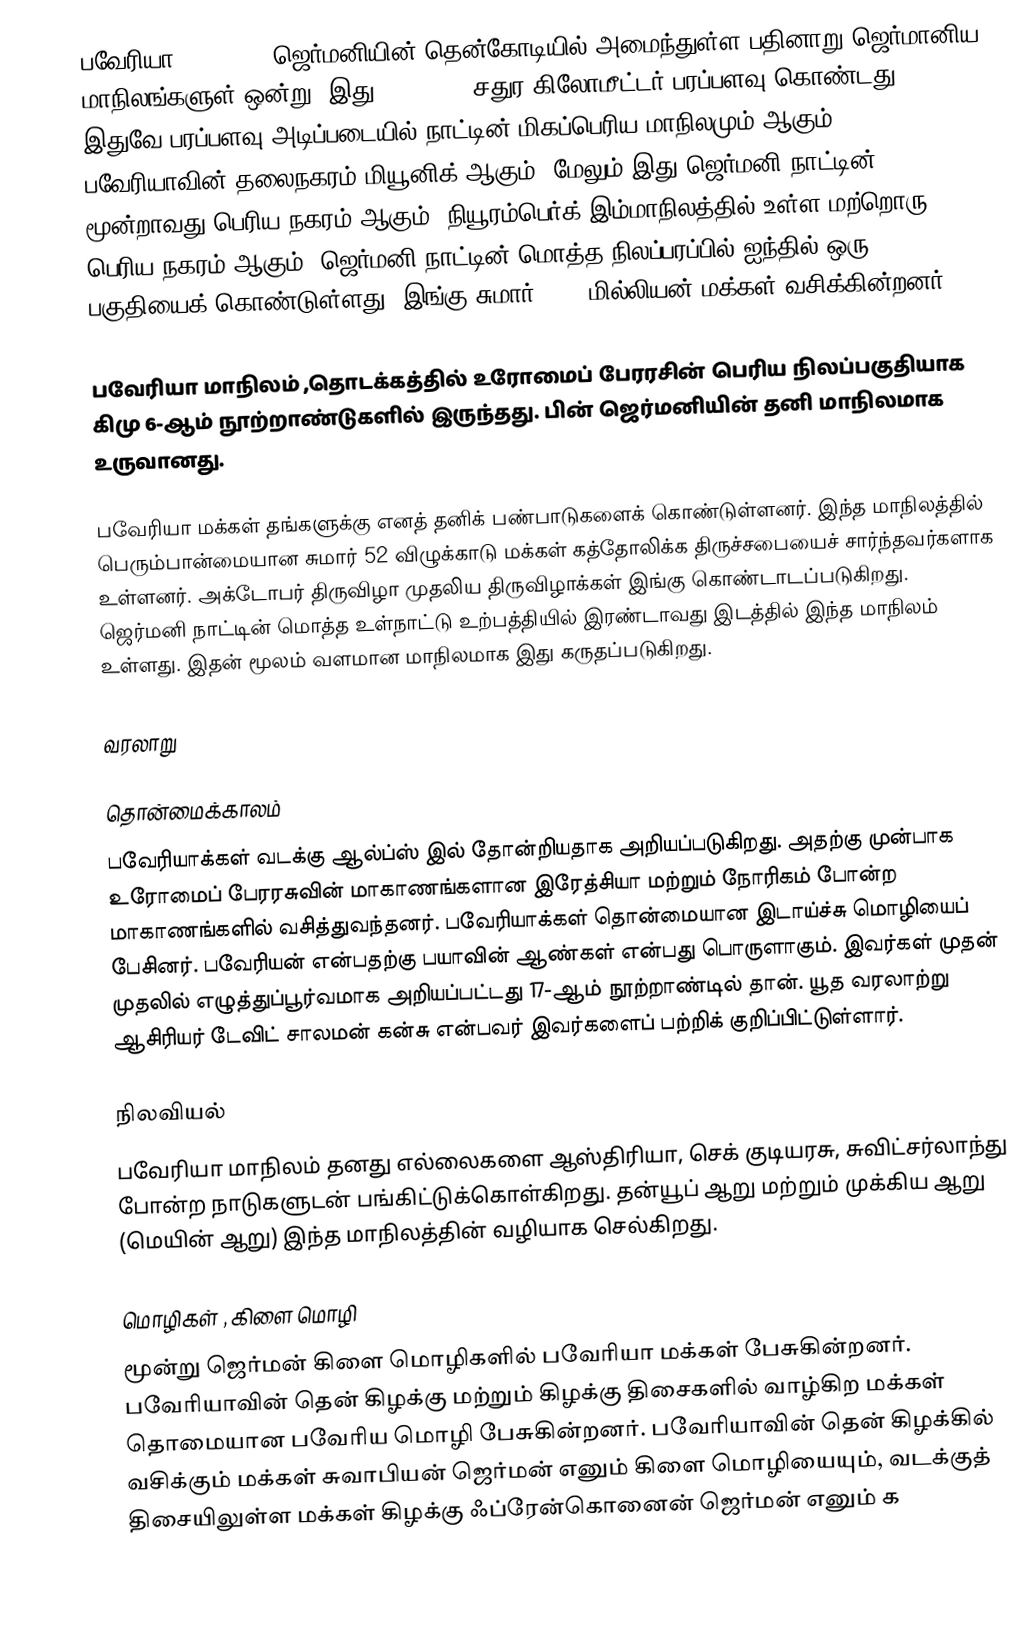
பவேரியா (Bavaria) ஜெர்மனியின் தென்கோடியில் அமைந்துள்ள பதினாறு ஜெர்மானிய மாநிலங்களுள் ஒன்று. இது 70,550.19 சதுர கிலோமீட்டர் பரப்பளவு கொண்டது.  இதுவே பரப்பளவு அடிப்படையில்  நாட்டின் மிகப்பெரிய மாநிலமும் ஆகும். பவேரியாவின் தலைநகரம் மியூனிக் ஆகும். மேலும் இது ஜெர்மனி நாட்டின் மூன்றாவது பெரிய நகரம்  ஆகும். நியூரம்பெர்க் இம்மாநிலத்தில் உள்ள மற்றொரு பெரிய நகரம் ஆகும். ஜெர்மனி நாட்டின் மொத்த நிலப்பரப்பில் ஐந்தில் ஒரு பகுதியைக் கொண்டுள்ளது. இங்கு சுமார் 12.9 மில்லியன் மக்கள் வசிக்கின்றனர்.

பவேரியா மாநிலம் ,தொடக்கத்தில்  உரோமைப் பேரரசின் பெரிய நிலப்பகுதியாக கிமு 6-ஆம் நூற்றாண்டுகளில் இருந்தது. பின் ஜெர்மனியின் தனி மாநிலமாக உருவானது.

பவேரியா மக்கள் தங்களுக்கு எனத் தனிக் பண்பாடுகளைக்  கொண்டுள்ளனர். இந்த மாநிலத்தில் பெரும்பான்மையான சுமார் 52 விழுக்காடு மக்கள் கத்தோலிக்க திருச்சபையைச் சார்ந்தவர்களாக உள்ளனர். அக்டோபர் திருவிழா முதலிய திருவிழாக்கள்  இங்கு கொண்டாடப்படுகிறது. ஜெர்மனி நாட்டின் மொத்த உள்நாட்டு உற்பத்தியில் இரண்டாவது இடத்தில் இந்த மாநிலம் உள்ளது. இதன் மூலம் வளமான மாநிலமாக இது கருதப்படுகிறது.

வரலாறு

தொன்மைக்காலம்
பவேரியாக்கள் வடக்கு ஆல்ப்ஸ் இல் தோன்றியதாக அறியப்படுகிறது.  அதற்கு முன்பாக உரோமைப் பேரரசுவின் மாகாணங்களான இரேத்சியா மற்றும் நோரிகம் போன்ற மாகாணங்களில் வசித்துவந்தனர். பவேரியாக்கள் தொன்மையான இடாய்ச்சு மொழியைப் பேசினர். பவேரியன் என்பதற்கு பயாவின் ஆண்கள் என்பது பொருளாகும். இவர்கள் முதன் முதலில் எழுத்துப்பூர்வமாக அறியப்பட்டது 17-ஆம் நூற்றாண்டில் தான். யூத வரலாற்று ஆசிரியர் டேவிட் சாலமன் கன்சு என்பவர் இவர்களைப் பற்றிக் குறிப்பிட்டுள்ளார்.

நிலவியல்
பவேரியா மாநிலம் தனது எல்லைகளை ஆஸ்திரியா, செக் குடியரசு, சுவிட்சர்லாந்து போன்ற நாடுகளுடன் பங்கிட்டுக்கொள்கிறது. தன்யூப் ஆறு மற்றும் முக்கிய ஆறு (மெயின் ஆறு) இந்த மாநிலத்தின் வழியாக செல்கிறது.

மொழிகள் , கிளை மொழி
மூன்று ஜெர்மன் கிளை மொழிகளில் பவேரியா மக்கள் பேசுகின்றனர். பவேரியாவின் தென் கிழக்கு மற்றும் கிழக்கு திசைகளில் வாழ்கிற மக்கள் தொமையான பவேரிய மொழி பேசுகின்றனர். பவேரியாவின் தென் கிழக்கில் வசிக்கும் மக்கள் சுவாபியன் ஜெர்மன் எனும் கிளை மொழியையும், வடக்குத் திசையிலுள்ள மக்கள் கிழக்கு ஃப்ரேன்கொனைன் ஜெர்மன் எனும் க